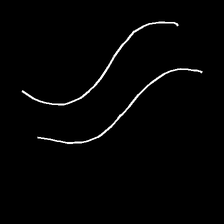
Glyph: float